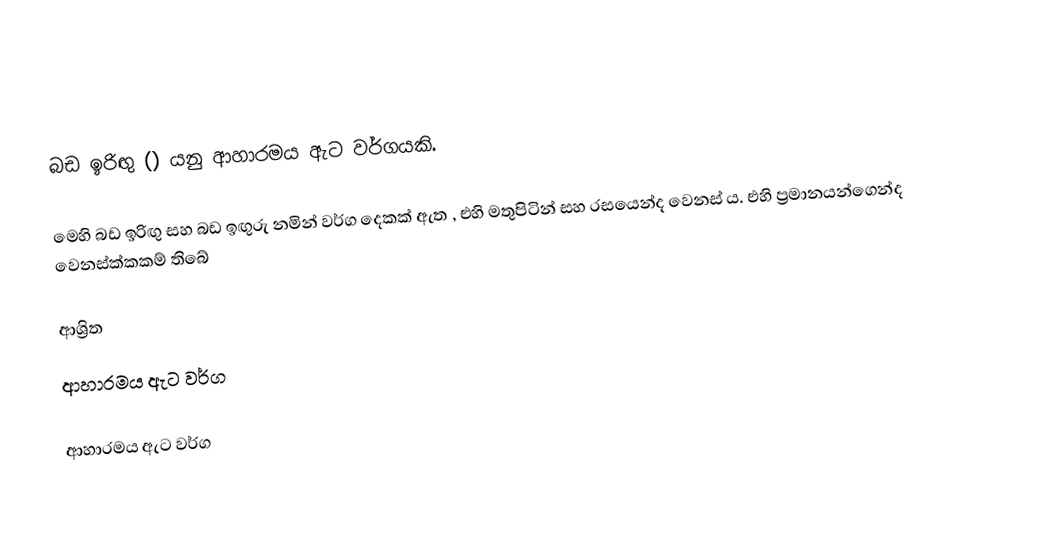
බඩ ඉරිඟු () යනු ආහාරමය ඇට වර්ගයකි.

මෙහි බඩ ඉරිඟු සහ බඩ ඉඟුරු නමින් වර්ග දෙකක් ඇත , එහි මතුපිටින් සහ රසයෙන්ද වෙනස්‍ ය. එහි ප්‍රමානයන්ගෙන්ද වෙනස්ක්කකම් තිබේ

ආශ්‍රිත
 ආහාරමය ඇට වර්ග

ආහාරමය ඇට වර්ග